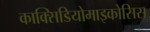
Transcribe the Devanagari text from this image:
काक्सिडियोमाइकोसिस